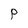
Character: P